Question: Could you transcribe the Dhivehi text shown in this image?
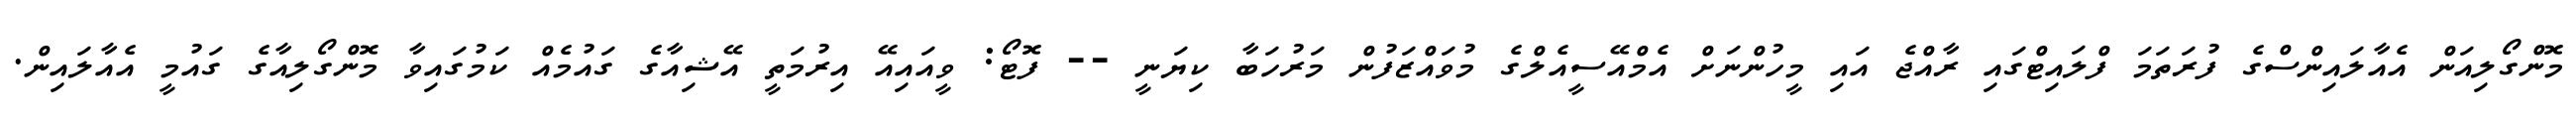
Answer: މޮންގޯލިއަން އެއާލައިންސްގެ ފުރަތަމަ ފްލައިޓްގައި ރާއްޖެ އައި މީހުންނަށް އެމްއޭސީއެލްގެ މުވައްޒަފުން މަރުހަބާ ކިޔަނީ -- ފޮޓޯ: ވީއައިއޭ އިރުމަތީ އޭޝިއާގެ ގައުމެއް ކަމުގައިވާ މޮންގޯލިއާގެ ގައުމީ އެއާލައިން.